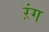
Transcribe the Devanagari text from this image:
ऱंग